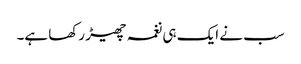
سب نے ایک ہی نغمہ چھیڑ رکھا ہے۔